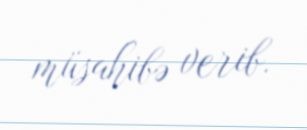
müsahibə verib.